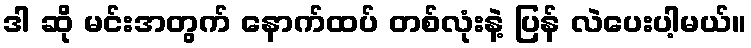
ဒါ ဆို မင်းအတွက် နောက်ထပ် တစ်လုံးနဲ့ ပြန် လဲပေးပါ့မယ်။